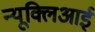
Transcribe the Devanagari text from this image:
न्यूक्लिआई